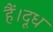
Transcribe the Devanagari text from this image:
हैं।दूध